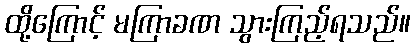
ထို့ကြောင့် မကြာခဏ သွားကြည့်ရသည်။